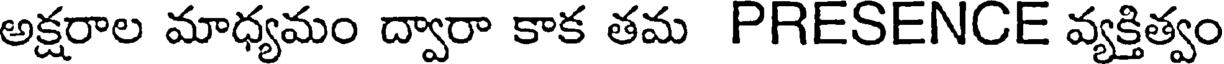
అక్షరాల మాధ్యమం ద్వారా కాక తమ PRESENCE వ్యక్తిత్వం